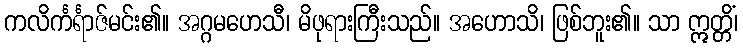
ကလိင်္ကင်္ရာဇ်မင်း၏။ အဂ္ဂမဟေသီ၊ မိဖုရားကြီးသည်။ အဟောသိ၊ ဖြစ်ဘူး၏။ သာ ဣတ္တိံ၊